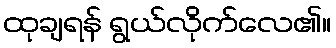
ထုချရန် ရွယ်လိုက်လေ၏။